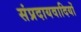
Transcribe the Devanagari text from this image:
संप्रदायवादियों